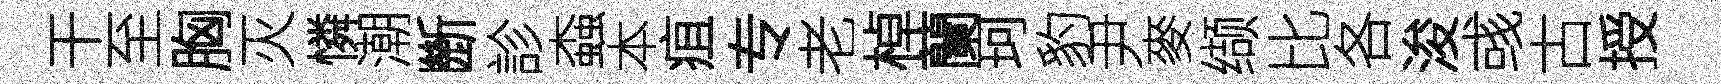
干至胸灭憐潮㫁診螙本疽专老棹蘭珂豹尹麥缬比各浚彧古授